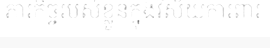
ភារកិច្ចរបស់ខ្លួនក្នុងវិស័យការពារ